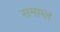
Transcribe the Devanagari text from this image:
समाग्ल